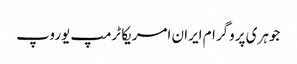
جوہری پروگرام ایران امریکا ٹرمپ یوروپ